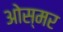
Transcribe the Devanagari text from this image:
ओस्मर